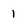
Character: 1